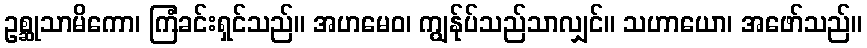
ဥစ္ဆုသာမိကော၊ ကြံခင်းရှင်သည်။ အဟမေဝ၊ ကျွန်ုပ်သည်သာလျှင်။ သဟာယော၊ အဖော်သည်။